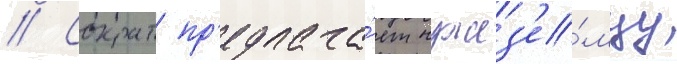
// Сократ пр'едлага́ет чужез'е́мцу